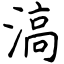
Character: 滈